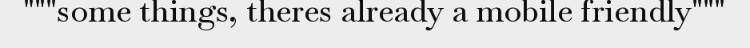
"""some things, theres already a mobile friendly"""